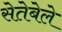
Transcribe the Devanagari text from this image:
सेतेबेले